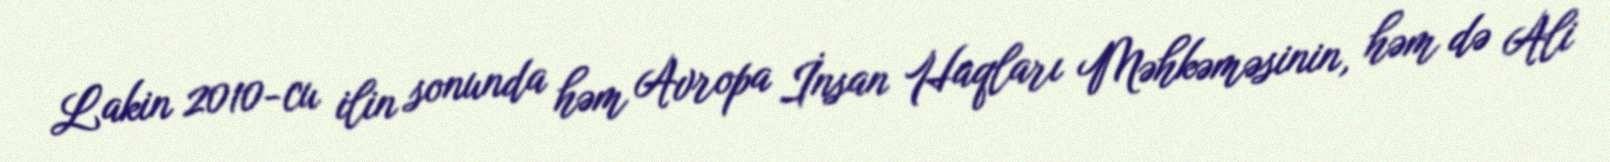
Lakin 2010-cu ilin sonunda həm Avropa İnsan Haqları Məhkəməsinin, həm də Ali